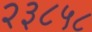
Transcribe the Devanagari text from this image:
२३८५८